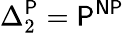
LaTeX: \Delta_{2}^{\mathsf{P}}={\mathsf{P^{NP}}}